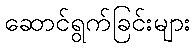
ဆောင်ရွက်ခြင်းများ